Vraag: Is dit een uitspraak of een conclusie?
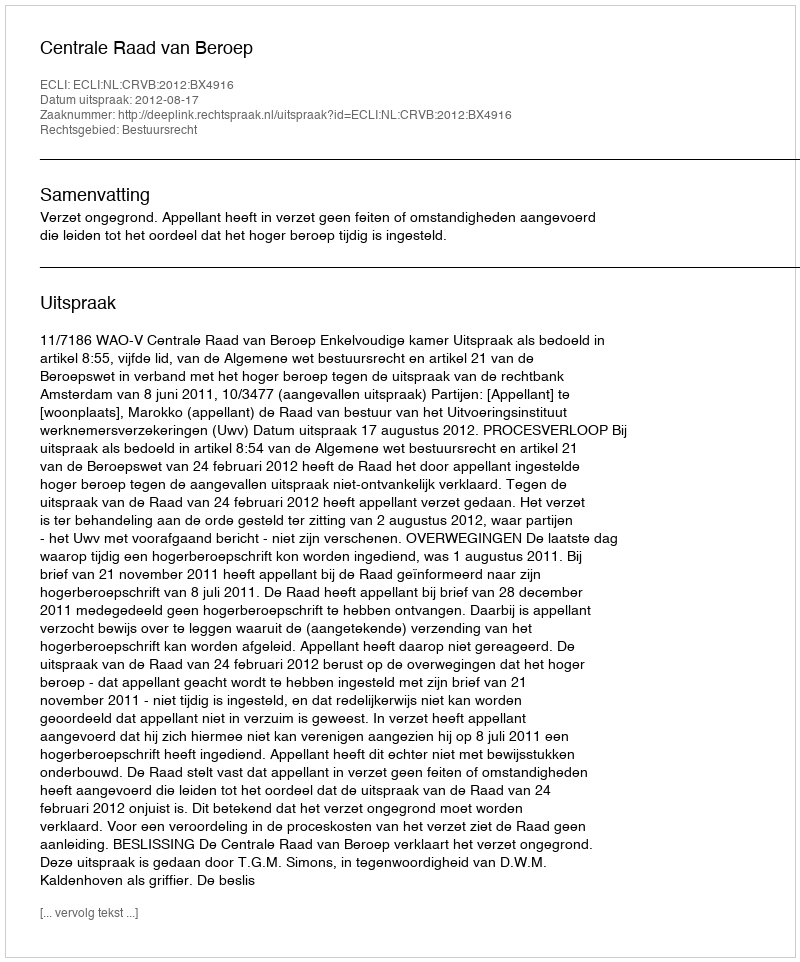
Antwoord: Uitspraak